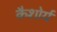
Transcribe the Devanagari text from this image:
कैशोर्य